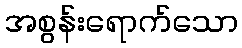
အစွန်းရောက်သော